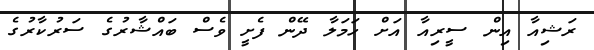
ރަޝިއާ އިން ސީރިއާ އަށް ހަމަލާ ދޭން ފެށީ ވެސް ބައްޝާރުގެ ސަރުކާރުގެ